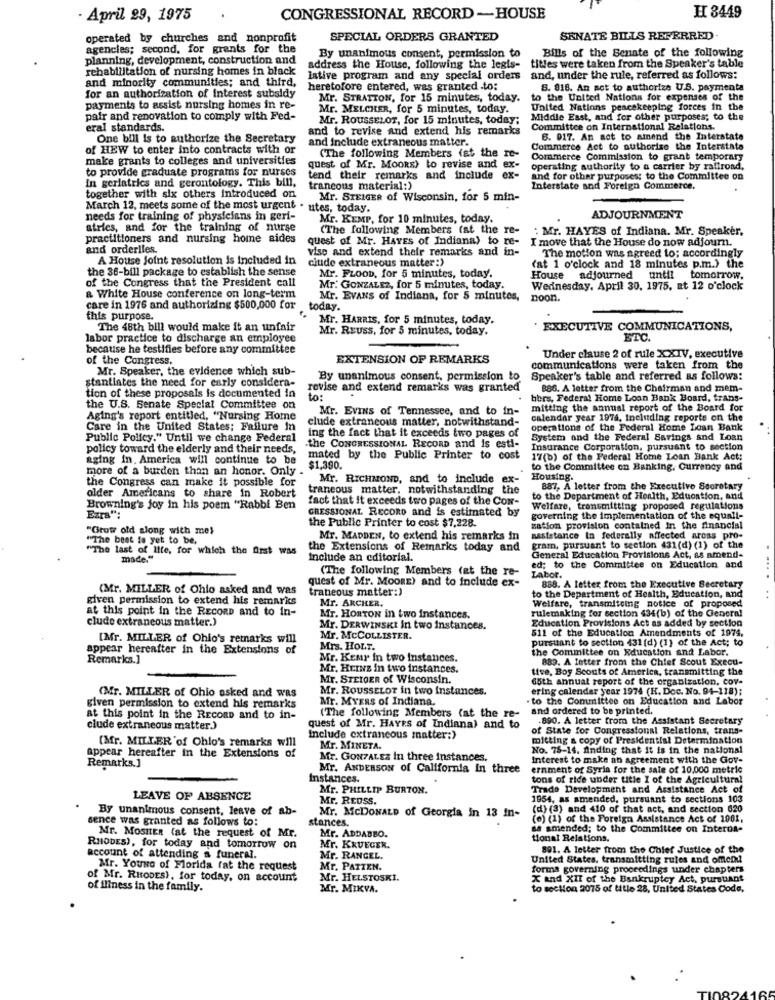
- April 29, 1975
CONGRESSIONAL RECORD -HOUSE
H 3449
operated by churches and nonprofit
SPECIAL ORDERS GRANTED
SENATE BILLS REFERRED
agencies; second. for grants for the
Bills of the Senate of the following
planning, development, construction and
By unanimous consent, permission to
rehabilitation of nursing homes in black
address the House, following the legis- titles were taken from the Speaker's table
and minority communities; and third,
lative program and any special orders
and, under the rule, referred as follows:
for an authorization of interest subsidy
heretofore entered, was granted .to:
S. 818. An set to authorize U.S. paymenta
Mr. STRATTON, for 15 minutes, today.
to the United Nations for expenses of the
payments to assist nursing homes in re-
Mr. MELCHER, for 5 minutes, today.
United Nations peacekeeping forces in the
pair and renovation to comply with Fed-
Mr. ROUSSELOT, for 15 minutes, today;
Middle East, and for other purposes; to the
eral standards.
and to revise and extend his remarks
Committee on International Relations.
One bill is to authorize the Secretary
and include extraneous matter.
6. 017. An sot to amend the Interstate
of HEW to enter into contracts with or
Commerce Act to authorize the Interstate
make grants to colleges and universities
(The following Members (at the re-
Coramerce Commission to grant temporary
to provide graduate programs for nurses
quest of Mr. MOORE) to revise and ex-
operating authority to a carrier by ralfroad.
In geriatrics and gerontology. This bill,
tend their remarks and include
ex-
and for other purposes; to the Committee on
together with six others introduced on
trancous material:)
Interstate and Foreign Commerce.
Mr. STEIGER of Wisconsin, for 5 min-
March 12, meets some of the most urgent . utes, today.
needs for training of physicians in geri-
Mr. KEMP, for 10 minutes, today.
ADJOURNMENT
atrics, and for the training of nurse
(The following Members (at the re-
: Mr. HAYES of Indiana. Mr. Speaker.
practitioners and nursing home aides
quest of Mr. HAYES of Indiana) to re-
I move that the House do now adjourn.
and orderlies.
vise and extend their remarks and in-
A Houtse Joint resolution is Included in
citde extraneous matter:)
The motion was agreed to; accordingly
the 36-bill package to establish the sense
Mr. FLOOD, for 5 minutes, today.
(at 1 o'clock and 18 minutes p.m.) the
of the Congress that the President call
House adjourned until tomorrow,
Mr: GONZALEZ, for 5 minutes, today.
Wednesday, April 30. 1975, at 12 o'clock
a White House conference on long-term
Mr. EVANS of Indiana, for 5 minutes,
noon.
care in 1976 and authorizing $500,000 for
today.
this purpose.
Mr. HARRIS, for 5 minutes, today.
The 48th bill would make it an unfair
Mr. REuss, for 5 minutes, today.
EXECUTIVE COMMUNICATIONS,
labor practice to discharge an employee
ETC.
because he testifies before any committee
of the Congress.
EXTENSION OF REMARKS
Under clause 2 of rule XXIV, executive
Mr. Speaker, the evidence which sub-
communications were taken from the
stantiates the need for early considera-
By unanimous consent, permission to
Speaker's table and referred as follows:
revise and extend remarks was granted
886. A letter from the Chairman and mem-
tion of these proposals is documented in
to:
bbrs. Federal Home Loan Bank Board, trans-
the U.S. Senate Special Committee on
Mr. EvINts of Tennessee, and to in-
mitting the annual report of the Board for
Aging's report entitled, "Nursing Home
clude extraneous matter, notwithstand-
calendar year 1974, Including reports on the
Care in the United States: Failure In
operations of the Federal Home Loan Bank
Public Policy." Until we change Federal
ing the fact that it exceeds two pages of
System and the Federal Savings and Loan
policy toward the elderly and their needs,
the CONGRESSIONAL RECORD and is esti-
Insurance Corporation, pursuant to section
aging in. America will continue to be
mated by the Public Printer to cost
17(b) of the Federal Home Loan Bank Act:
more of a burden than an honor. Only
$1,390.
to the Committee on Banking, Currency and
the Congress can make it possible for
Mr. RICHMOND, and to include ex-
Housing.
older Americans to share in Robert
trancous matter, notwithstanding the
887, A letter from the Executive Soorotary
fact that it exceeds two pages of the Cow-
to the Department of Health, Education, and
Browning's joy in his poem "Rabbi Ben
GRESSIONAL REcono and is estimated by
Welfare, transmitting proposed regulations
Ezra":
governing the implementation of the equall-
"Grow old along with mes
the Public Printer to cost $7,228.
zation provision contained in the financial
"The best is yet to be,
Mr. MADDEN, to extend his remarks in
nasistanice In federally affected aross pro-
"The last of Ille, for which the Arst was
the Extensions of Remarks today and
gram, pursuant to section 431 (d) (1) of the
made."
Include an editorial.
General Education Provisions Act, as amend-
ed; to the Committee on Education and
quest of Mr. MOORE) and to include ex-
(The following Members (at the re-
LAbor.
(Mr. MILLER of Chlo asked and was
traneous matter:)
888. A letter from the Executive Secretary
given permission to extend his remarks
to the Department of Health, Education, and
at this point in the RECORD and to in-
Mr. ARCHER.
Welfare, transmiteing notice of proposed
rulemaking for section 434(b) of the General
clude extraneous matter.)
Mr. HORTON in two instances.
Mr. DERWINSKI In two Instances.
Education Provisions Act as added by section
511 of the Education Amendments of 1974,
[Mr. MILLER of Ohlo's retnarks will
Mr. McCOLLISTER.
pursuant to section 431 (d) (1) of the Act; to
appear hereafter in the Extensions of
Mrs. HOLT.
the Committee on Education and Labor.
Remarks.]
Mr. Keur in two instances.
889. A letter from the Chief Scout Execu-
Mr. HeIz in two instances.
tive, Boy Scouts of America, transmitting the
Mr. STEIGER of Wisconsin.
65th annual report of the organization, cov-
(Mr. MILLER of Ohio asked and was
Mr. ROUSSELOT in two Instances.
ering calendar year 1974 (K. Doc. No. 94-118);
Mr. MYERS of Indiana.
. to the Committee on Education and Labor
given permission to extend his remarks
(The following Members (at the re-
and ordered to be printed.
at this point in the RecoRD and to in-
.890. A letter from the Assistant Secretary
clude extraneous matter.)
quest of Mr. HAYES of Indiana) and to
of State for Congressional Relations, trans-
(Mr. MILLER of Chlo's remarks will
Include extraneous matter;)
mitting a copy of Presidential Determination
Mr. MINETA.
No. 75-14, Anding that it is in the national
appear hereafter in the Extensions of
Mr. GONZALEZ In three instances.
Interest to make an agreement with the Gov-
Remarks.]
Mr. ANDERSON of California In three
ernment of Syria for the sale of 10,000 metric
Instances.
tons of ride under title I of the Agricultural
Mr. PHILLIP BURTON.
Trade Development and Assistance Act of
LEAVE OF ABSENCE
Mr. REDss.
1954, as amended, pursuant to sections 103
By unanimous consent, leave of ab-
Mr. MCDONALD of Georgia in 13 in-
(d) (3) and 410 of that act, and section 620
sence was granted as follows to:
stances.
(o) (1) of the Foreign Assistance Act of 1001,
as amended; to the Committee on Interda-
Mr. MOSHER (at the request of Mr.
Mr. ADDABBO.
tonal Relations.
RHODES), for today and tomorrow on
Mr. KRUEGER.
891. A letter from the Chief Justice of the
account of attending a funeral.
Mr. RANGEL.
United States, transmitting rules and omend
Mr. Youus of Florida fat the request
Mr. PATZEN.
forma governing proceedings under chapters
of Mr. RHODES), for today, on account
Mr. HELSTOSKI.
X and XII of the Bankruptcy Act, pursuant
of iliness in the family.
Mr. MIKVA.
to section 2075 of title 28, United States Code.